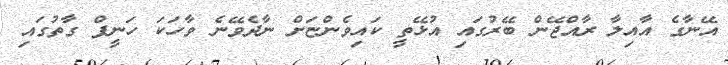
އޭނާގެ އާއިލާ ރާއްޖޭން ބޭރުގައި އުޅޭތީ ކައިވެންޏަށް ނާދެވޭނެ ވާހަކަ ހަނީފް ގާތުގައި